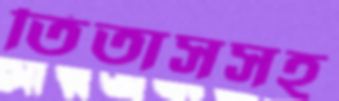
তিতাসসহ